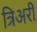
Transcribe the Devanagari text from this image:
त्रिअरी